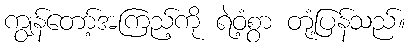
ကျွန်တော့်အကြည့်ကို ရဲဝံ့စွာ တုံ့ပြန်သည်။